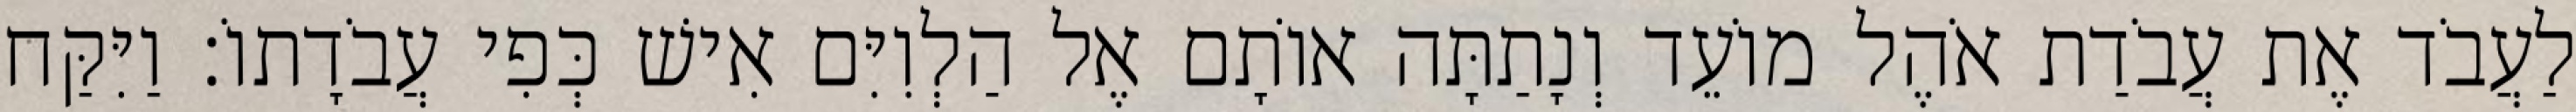
לַעֲבֹד אֶת עֲבֹדַת אֹהֶל מוֹעֵד וְנָתַתָּה אוֹתָם אֶל הַלְוִיִּם אִישׁ כְּפִי עֲבֹדָתוֹ׃ וַיִּקַּח